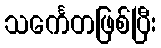
သင်္ကေတဖြစ်ပြီး